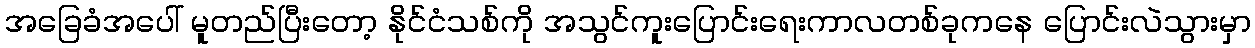
အခြေခံအပေါ် မူတည်ပြီးတော့ နိုင်ငံသစ်ကို အသွင်ကူးပြောင်းရေးကာလတစ်ခုကနေ ပြောင်းလဲသွားမှာ